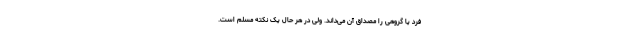
فرد یا گروهی را مصداق آن می‌داند. ولی در هر حال یک نکته مسلم است.